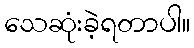
သေဆုံးခဲ့ရတာပါ။